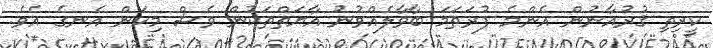
ކީރިތި ޤުރުއާނުން އެންމެ ފުރަތަމަ ބާވާލެއްވުނު އާޔަތްތަކުން ވެސް މިކަން އެނގެ އެވެ.